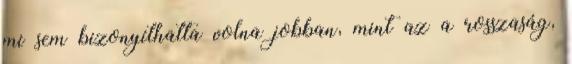
mi sem bizonyíthatta volna jobban, mint az a rosszaság,